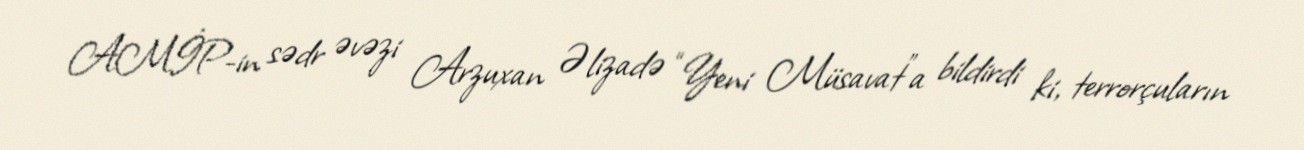
AMİP-in sədr əvəzi Arzuxan Əlizadə “Yeni Müsavat”a bildirdi ki, terrorçuların